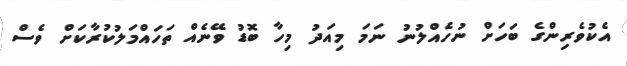
އެކުވެރިންގެ ބަހަށް ނުހެއްލުނު ނަމަ މިއަދު މިހާ ބޮޑު ވޭނެއް ތަހައްމަލުކުރާކަށް ވެސް